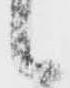
候